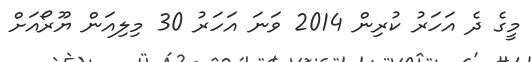
މީގެ ދެ އަހަރު ކުރިން 2014 ވަނަ އަހަރު 30 މިލިއަން ޔޫރޯއަށް